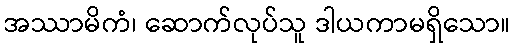
အဿာမိကံ၊ ဆောက်လုပ်သူ ဒါယကာမရှိသော။